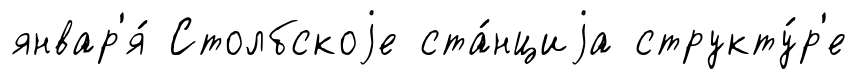
январ'я́ Столбскоjе ста́нциjа структу́р'е